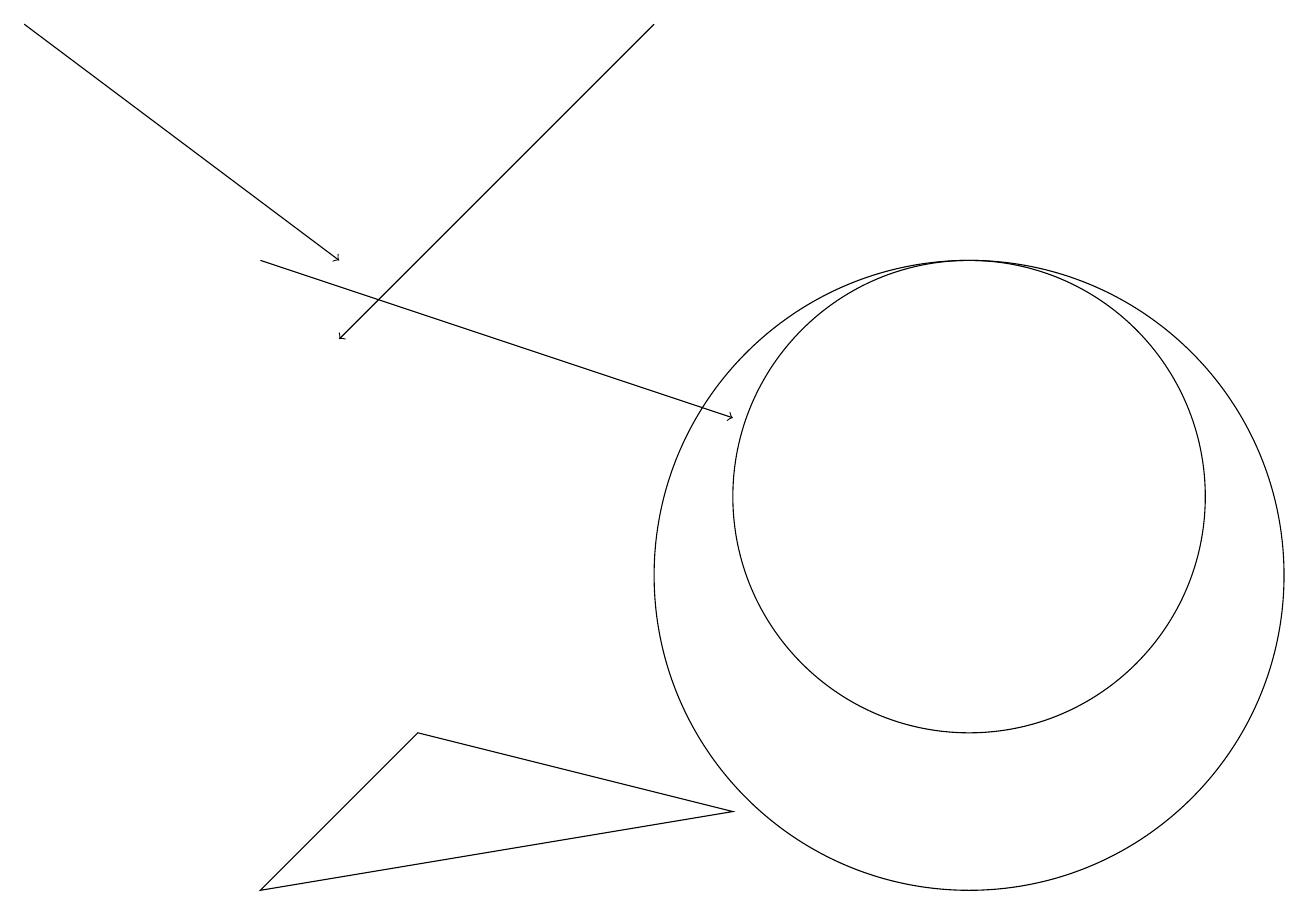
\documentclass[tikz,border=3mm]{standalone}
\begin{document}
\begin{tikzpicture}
\draw (5,9) -- (3,7) -- (9,8) -- cycle;
\draw[->] (3,15) -- (9,13);
\draw (12,12) circle (3);
\draw (12,11) circle (4);
\draw[->] (8,18) -- (4,14);
\draw[->] (0,18) -- (4,15);
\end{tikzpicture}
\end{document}